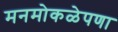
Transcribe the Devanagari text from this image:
मनमोकळेपणा